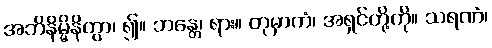
အဘိနိမ္မိနိတွာ၊ ၍။ ဘန္တေ၊ ရား။ တုမှာကံ၊ အရှင်တို့ကို။ သရဏံ၊